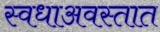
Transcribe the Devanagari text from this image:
स्वधाअवस्तात